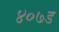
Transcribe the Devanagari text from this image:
४०७ड